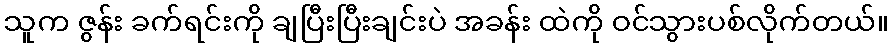
သူက ဇွန်း ခက်ရင်းကို ချပြီးပြီးချင်းပဲ အခန်း ထဲကို ဝင်သွားပစ်လိုက်တယ်။